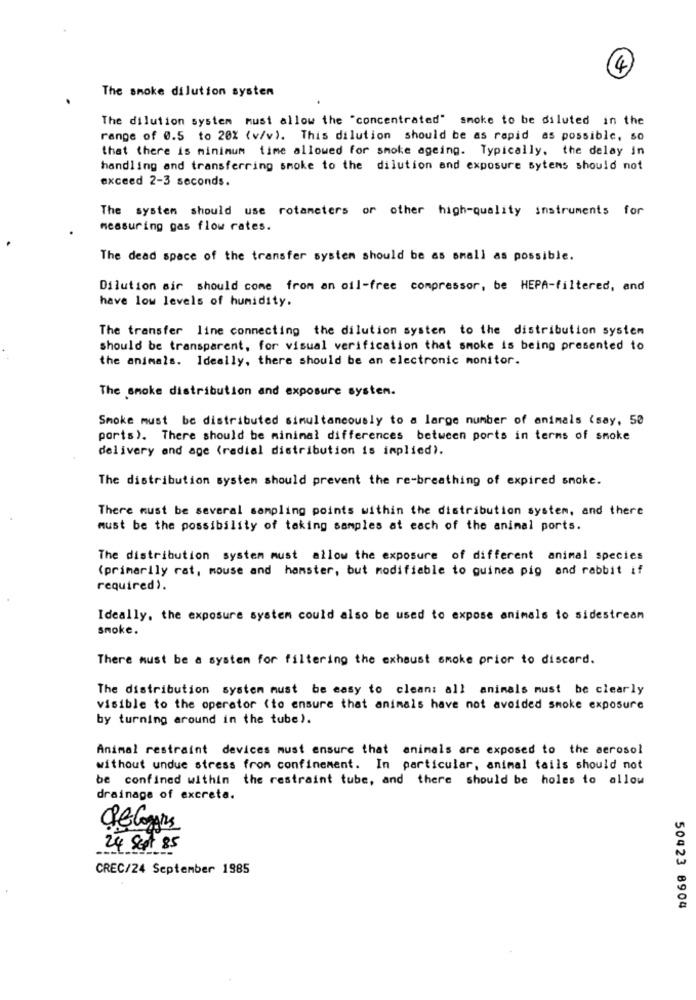
4
The smoke dilution systen
The dilution system must allow the "concentrated" smoke to be diluted in the
range of 0.5 to 20% (v/v). This dilution should be as rapid as possible, 50
that there is minimum time allowed for smoke ageing. Typically, the delay in
handling and transferring smoke to the dilution and exposure sytems should not
exceed 2-3 seconds.
The system should use rotameters or other high-quality instruments for
measuring gas flow rates.
The dead space of the transfer system should be as small as possible.
Dilution sir should come from an oil-free compressor, be HEPA-filtered, and
have low levels of humidity.
The transfer line connecting the dilution systen to the distribution system
should be transparent, for visual verification that smoke is being presented to
the animals. Ideally, there should be an electronic monitor.
The smoke distribution and exposure system.
Smoke must be distributed simultaneously to a large number of animals (say, 50
ports). There should be minimal differences between ports in terms of smoke
delivery and age (radial distribution is implied).
The distribution system should prevent the re-breathing of expired smoke.
There must be several sampling points within the distribution system, and there
must be the possibility of taking samples at each of the animal ports.
The distribution system must allow the exposure of different animal species
(primarily rat, mouse and hamster, but modifiable to guinea pig and rabbit if
required).
Ideally, the exposure system could also be used to expose animals to sidestream
smoke.
There must be a system for filtering the exhaust smoke prior to discard.
The distribution system must be easy to clean: all animals must be clearly
visible to the operator (to ensure that animals have not avoided smoke exposure
by turning around in the tube).
Animal restraint devices must ensure that animals are exposed to the aerosol
without undue stress from confinement. In particular, animal tails should not
be confined within the restraint tube, and there should be holes to allow
drainage of excreta.
24 Sept 85
CREC/24 September 1985
50423 8904